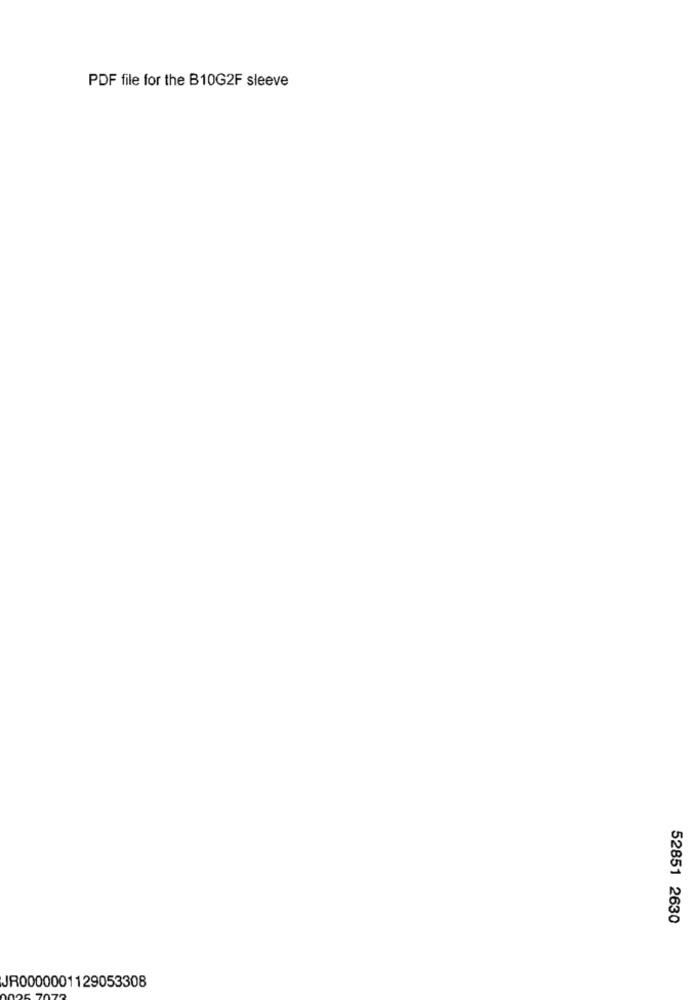
PDF file for the B10G2F sleeve
52851 2630
JR0000001129053308